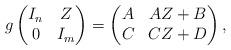
LaTeX: \begin{align*} g \begin{pmatrix} I_n & Z \\ 0 & I_m \end{pmatrix} = \begin{pmatrix} A & AZ + B \\ C & CZ + D \end{pmatrix}, \end{align*}